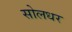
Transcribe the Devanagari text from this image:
सोलधर